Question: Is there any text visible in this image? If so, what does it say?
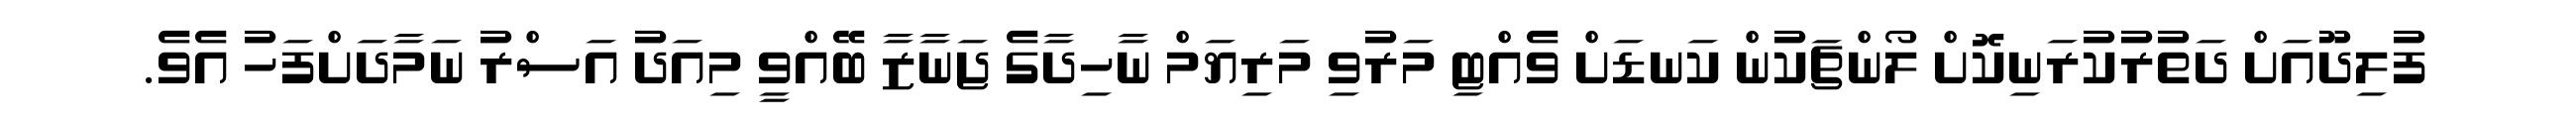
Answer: ފުލިދޫއަށް ދަތުރުކުރަނިކޮށް ލޯންޗަކުން ކަނޑަށް ވެއްޓި މަރުވި މަރިޔަމް ނާހިދާގެ ޖަނާޒާ ބޭއްވީ މިއަދު އަސްރު ނަމާދަށްފަހު އެވެ.